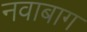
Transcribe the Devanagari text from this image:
नवाबाग